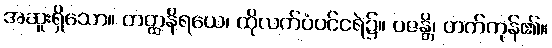
အဆူးရှိသော။ တတ္ထနိရယေ၊ ထိုလက်ပံပင်ငရဲ၌။ ဝဇန္တိ၊ တက်ကုန်၏။